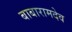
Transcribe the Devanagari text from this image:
बाबारामदेव